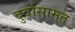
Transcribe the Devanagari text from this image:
दुर्वासामत